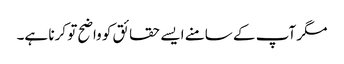
مگر آپ کے سامنے ایسے حقائق کو واضح تو کرنا ہے۔